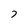
Character: 7